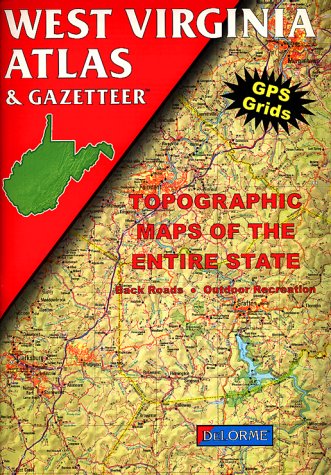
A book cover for West Virginia Atlas & Gazetteer; DeLorme; Travel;